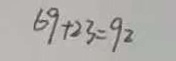
6 9 + 3 2 = 9 2